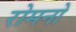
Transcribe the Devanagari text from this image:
रोमनो